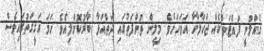
ގެއްލުނީ ފުއްޓަތްކެއް ޖަހާލާހާ އަވަހަށެވެ. މިލީން ތުންފަތުގައި ދަތްއަޅާ ބާރުކޮށްލިއެވެ. ހަމަ ހަގީގަތުގައިވެސް